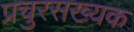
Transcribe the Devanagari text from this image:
प्रचुरसख्यक